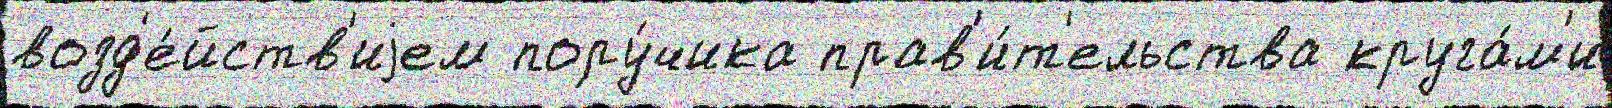
возд'е́йств'иjем пору́чика прав'и́т'ельства круга́м'и